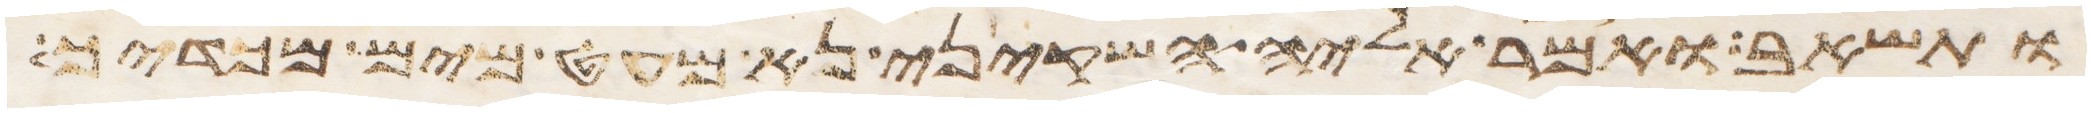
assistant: ותשאב ואמר אליה השקיני נא מעט מים מכדך